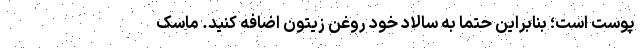
پوست است؛ بنابراین حتماً به سالاد خود روغن زیتون اضافه کنید. ماسک